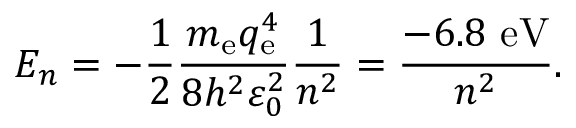
E _ { n } = - { \frac { 1 } { 2 } } { \frac { m _ { \mathrm { e } } q _ { \mathrm { e } } ^ { 4 } } { 8 h ^ { 2 } \varepsilon _ { 0 } ^ { 2 } } } { \frac { 1 } { n ^ { 2 } } } = { \frac { - 6 . 8 ~ \mathrm { e V } } { n ^ { 2 } } } .